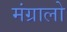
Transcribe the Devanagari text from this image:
मंग्रालो